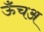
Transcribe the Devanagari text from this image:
ऊँचअ